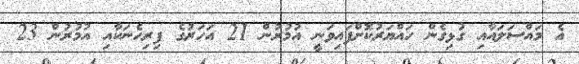
އެ މައްސަލައާއި ގުޅިގެން ހައްޔަރުކޮށްފައިވަނީ އުމުރުން 21 އަހަރުގެ ފިރިހެނަކާއި އުމުރުން 23